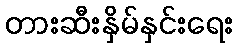
တားဆီးနှိမ်နှင်းရေး